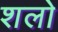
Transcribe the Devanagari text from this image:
शलो